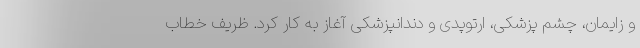
و زایمان، چشم پزشکی، ارتوپدی و دندانپزشکی آغاز به کار کرد. ظریف خطاب